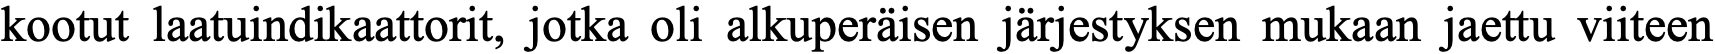
kootut laatuindikaattorit, jotka oli alkuperäisen järjestyksen mukaan jaettu viiteen